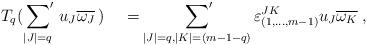
LaTeX: \begin{align*}T_q(\sideset{}{'}\sum_{\vert J\vert=q}\,u_J\overline{\omega_J}\,) \;\;\;\;=\sideset{}{'}\sum_{|J|=q, |K|=(m-1-q)} \varepsilon_{(1,\dots, m-1)}^{JK} u_J\overline{\omega_K}\; ,\end{align*}